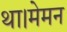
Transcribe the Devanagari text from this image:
था।मेमन